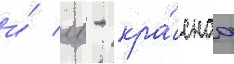
и́ лв - кра́снаа